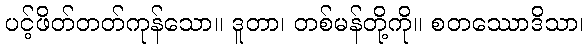
ပင့်ဖိတ်တတ်ကုန်သော။ ဒူတာ၊ တစ်မန်တို့ကို။ စတဿောဒိသာ၊